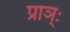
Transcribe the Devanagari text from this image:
प्राञ्ः